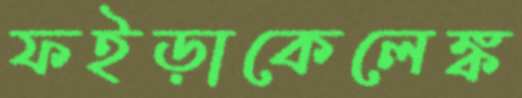
ফইড়াকেলেঙ্ক